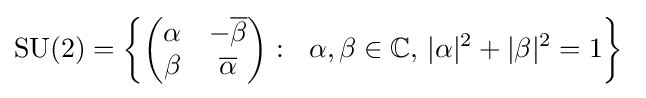
\operatorname {SU} (2)=\left\{{\begin{pmatrix}\alpha &-{\overline {\beta }}\\\beta &{\overline {\alpha }}\end{pmatrix}}:\ \ \alpha ,\beta \in \mathbb {C} ,\,|\alpha |^{2}+|\beta |^{2}=1\right\}~